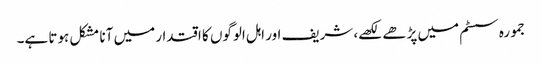
جمورہ سسٹم میں پڑھے لکھے، شریف اور اہل الوگوں کا اقتدار میں آنا مشکل ہوتا ہے۔